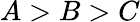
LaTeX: A>B>C